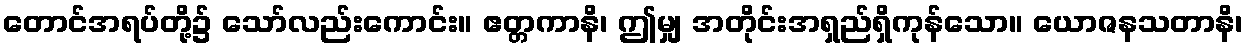
တောင်အရပ်တို့၌ သော်လည်းကောင်း။ ဧတ္တကာနိ၊ ဤမျှ အတိုင်းအရှည်ရှိကုန်သော။ ယောဇနသတာနိ၊